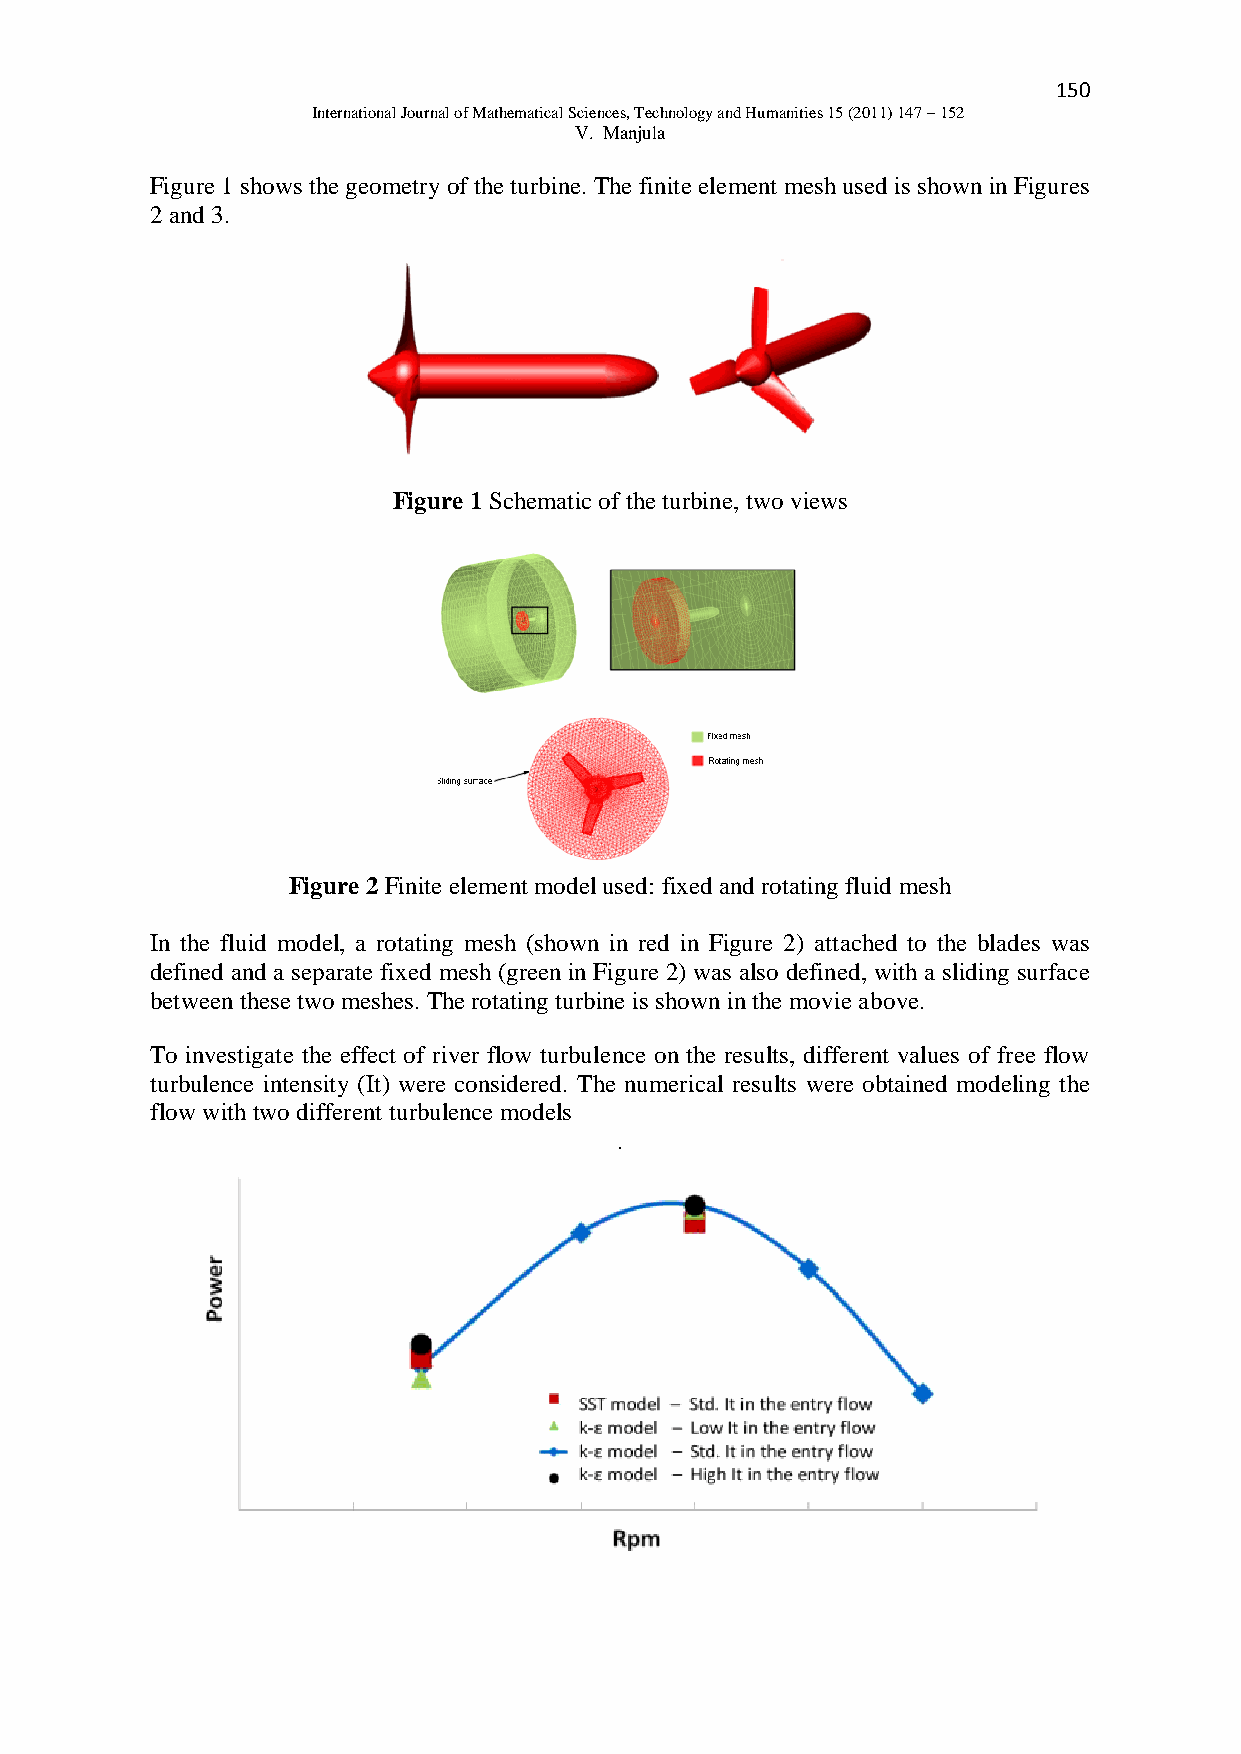
150
 International Journal of Mathematical Sciences, Technology and Humanities 15 (2011) 147 – 152
 V. Manjula
 Figure 1 shows the geometry of the turbine. The finite element mesh used is shown in Figures
 2 and 3.
 Figure 1 Schematic of the turbine, two views
 Figure 2 Finite element model used: fixed and rotating fluid mesh
 In the fluid model, a rotating mesh (shown in red in Figure 2) attached to the blades was
 defined and a separate fixed mesh (green in Figure 2) was also defined, with a sliding surface
 between these two meshes. The rotating turbine is shown in the movie above.
 To investigate the effect of river flow turbulence on the results, different values of free flow
 turbulence intensity (It) were considered. The numerical results were obtained modeling the
 flow with two different turbulence models
 .